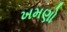
ખમણો